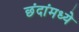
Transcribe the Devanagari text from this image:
छंदांमध्ये